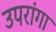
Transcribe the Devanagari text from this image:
उपरांगा